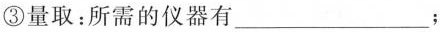
③量取：所需的仪器有___；